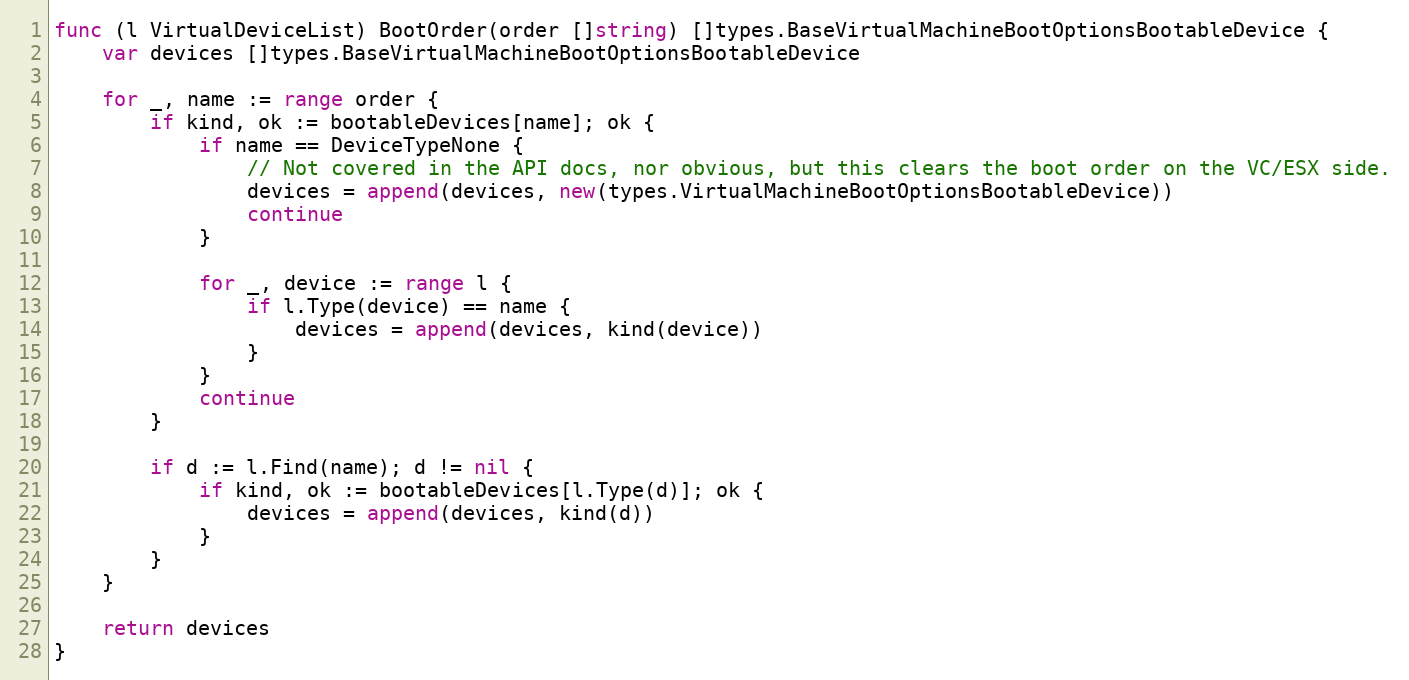
Language: Go
func (l VirtualDeviceList) BootOrder(order []string) []types.BaseVirtualMachineBootOptionsBootableDevice {
	var devices []types.BaseVirtualMachineBootOptionsBootableDevice

	for _, name := range order {
		if kind, ok := bootableDevices[name]; ok {
			if name == DeviceTypeNone {
				// Not covered in the API docs, nor obvious, but this clears the boot order on the VC/ESX side.
				devices = append(devices, new(types.VirtualMachineBootOptionsBootableDevice))
				continue
			}

			for _, device := range l {
				if l.Type(device) == name {
					devices = append(devices, kind(device))
				}
			}
			continue
		}

		if d := l.Find(name); d != nil {
			if kind, ok := bootableDevices[l.Type(d)]; ok {
				devices = append(devices, kind(d))
			}
		}
	}

	return devices
}